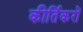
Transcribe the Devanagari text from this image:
कीर्तिकरों